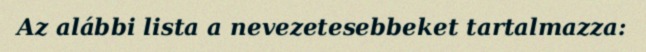
Az alábbi lista a nevezetesebbeket tartalmazza: